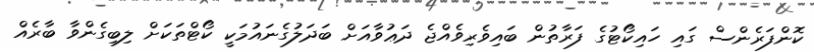
ކޮންފަރެންސް ގައި ހައިކޯޓުގެ ފަރާތުން ބައިވެރިވެއްޖެ ދަޢުވާއަށް ބަދަލުގެނައުމަކީ ކޯޓްތަކަށް ލިބިގެންވާ ބާރެއް